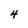
Character: 4